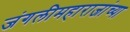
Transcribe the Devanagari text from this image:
जंगलीमहाराजांच्या